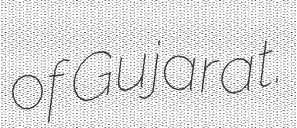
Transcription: of Gujarat.